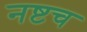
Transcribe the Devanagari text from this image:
नष्टच